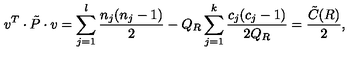
v ^ { T } \cdot \tilde { P } \cdot v = \sum _ { j = 1 } ^ { l } \frac { n _ { j } ( n _ { j } - 1 ) } { 2 } - Q _ { R } \sum _ { j = 1 } ^ { k } \frac { c _ { j } ( c _ { j } - 1 ) } { 2 Q _ { R } } = \frac { \tilde { C } ( R ) } { 2 } ,